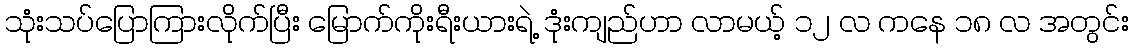
သုံးသပ်ပြောကြားလိုက်ပြီး မြောက်ကိုးရီးယားရဲ့ ဒုံးကျည်ဟာ လာမယ့် ၁၂ လ ကနေ ၁၈ လ အတွင်း